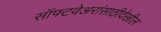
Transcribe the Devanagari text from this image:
सॉफ्टवेअरांसाठीदेखील